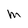
Character: M